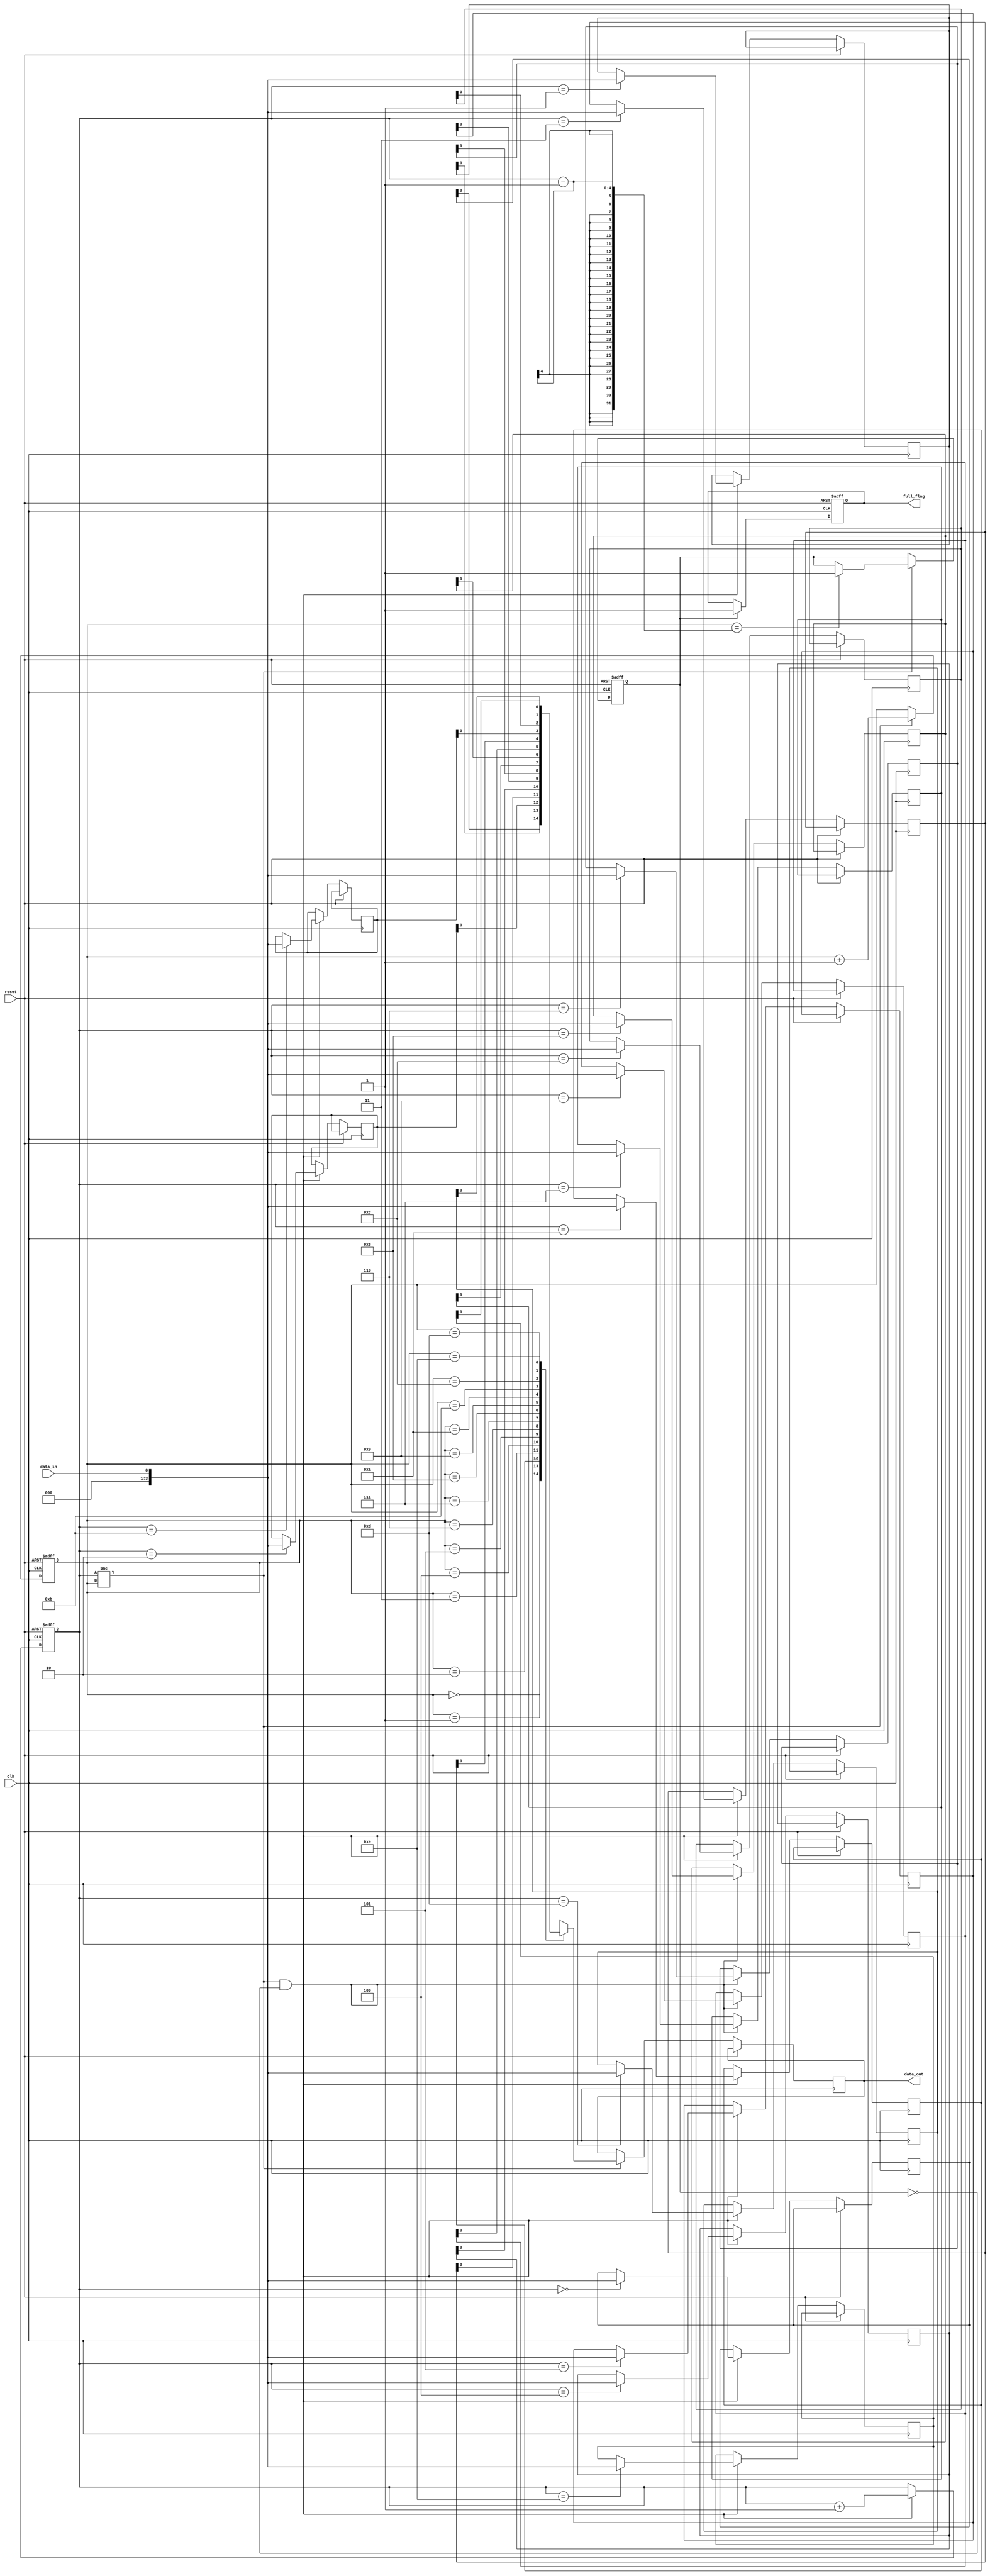
module AlmostFull_FIFO(
    input wire clk,
    input wire reset,
    input wire data_in,
    output reg data_out,
    output reg full_flag
);

parameter BUFFER_SIZE = 15; // Define the buffer size

reg [3:0] write_ptr;
reg [3:0] read_ptr;
reg [3:0] buffer [0:BUFFER_SIZE-1];

reg almost_full;

always @(posedge clk or posedge reset) begin
    if (reset) begin
        write_ptr <= 4'b0000;
        read_ptr <= 4'b0000;
        almost_full <= 0;
        full_flag <= 0;
    end else begin
        // Write operation
        if (write_ptr != read_ptr && !almost_full) begin
            buffer[write_ptr] <= data_in;
            write_ptr <= write_ptr + 1;
        end
        
        // Read operation
        if (write_ptr != read_ptr) begin
            data_out <= buffer[read_ptr];
            read_ptr <= read_ptr + 1;
            if (read_ptr == write_ptr - 1) begin
                almost_full <= 1;
            end
        end
        
        // Almost full flag generation
        if (almost_full) begin
            full_flag <= 1;
        end
    end
end

endmodule